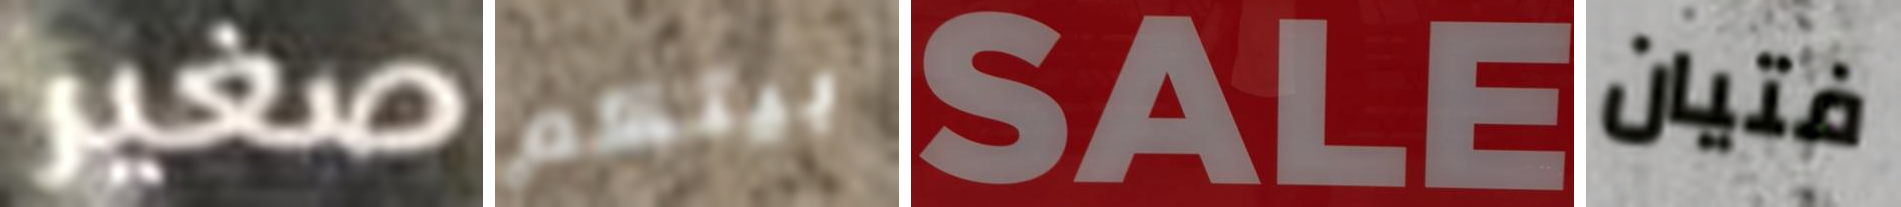
صغير بيتكم SALE فتيان